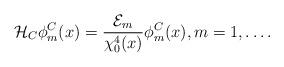
LaTeX: \begin{align*}\mathcal{H}_C\phi_m^C(x)=\frac{\mathcal{E}_m}{\chi_0^4(x)}\phi_m^C(x),m=1,\ldots.\end{align*}